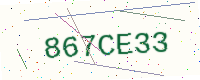
Text: 867CE33